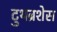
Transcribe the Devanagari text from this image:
टुथब्रशेस